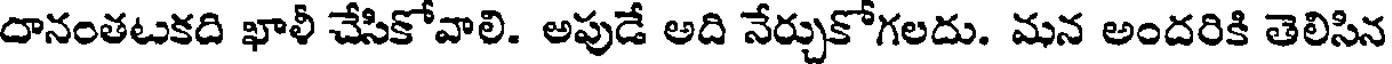
దానంతటకది ఖాళీ చేసికోవాలి. అపుడే అది నేర్చుకోగలదు. మన అందరికి తెలిసిన